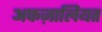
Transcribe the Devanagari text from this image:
अफज़ालियत